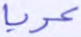
عربا